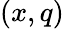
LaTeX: (x,q)